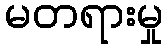
မတရားမှု